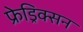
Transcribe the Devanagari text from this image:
फ्रेड्रिक्सन